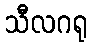
သီလဂရု